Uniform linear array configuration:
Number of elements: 4
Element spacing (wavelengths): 1
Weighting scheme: hamming
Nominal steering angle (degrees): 15
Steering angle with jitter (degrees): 16.911
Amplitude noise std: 0.05
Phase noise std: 0.05

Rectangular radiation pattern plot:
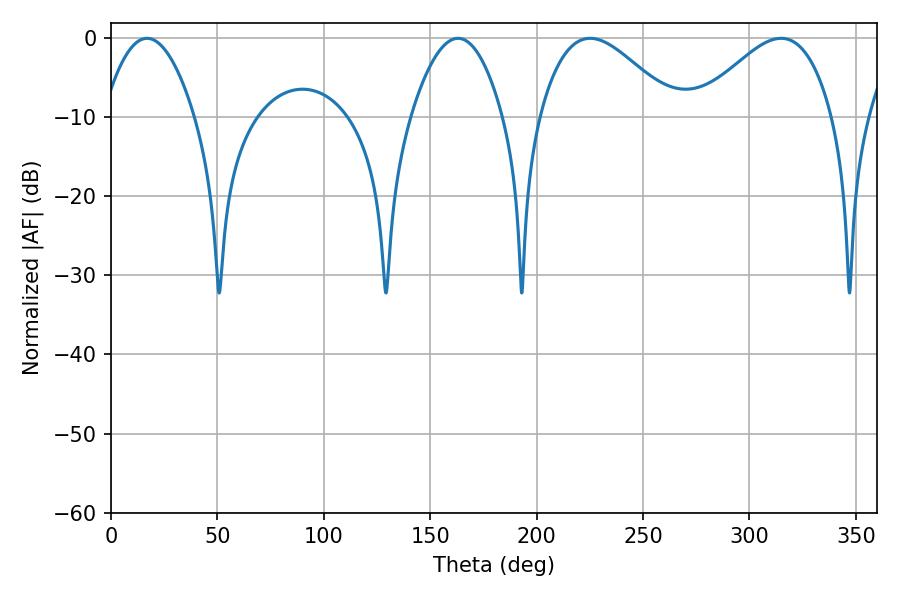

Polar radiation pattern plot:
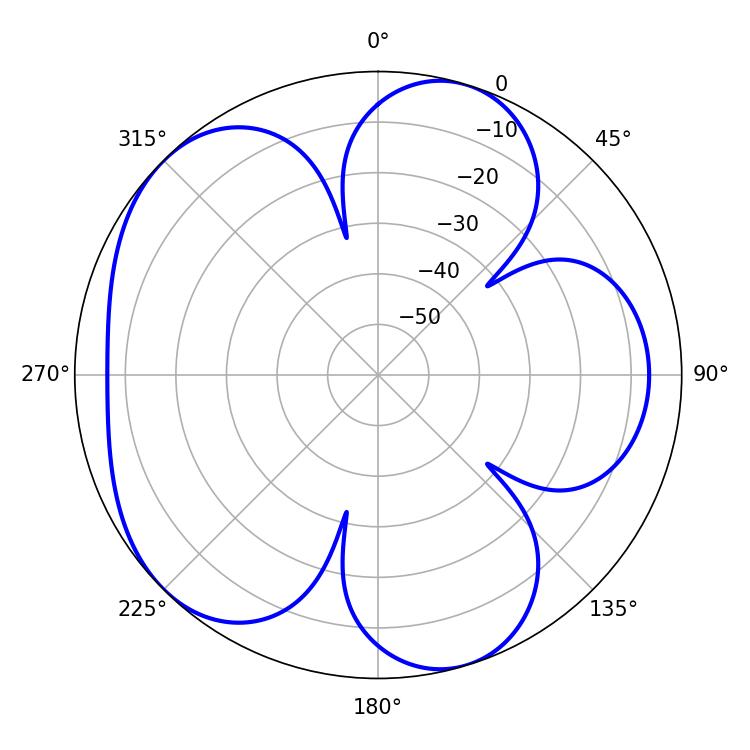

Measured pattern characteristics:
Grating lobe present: TRUE
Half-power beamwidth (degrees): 23.58
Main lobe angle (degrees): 16.92